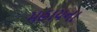
મહાયના